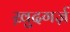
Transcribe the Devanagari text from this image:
ख़ुदगर्ज़